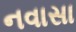
નવાસા